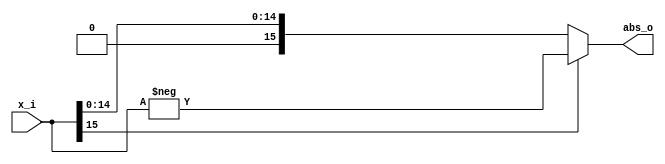
// Name: adder.v
//
// Simple absolute value
module abs #(
  parameter Width = 16
) (
  input  signed [Width-1:0] x_i,
  output signed [Width-1:0] abs_o
);

  assign abs_o = ( x_i[Width-1] == 1'b1 ) ? -x_i : x_i;

endmodule